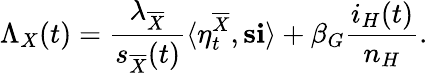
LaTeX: \Lambda_{X}(t)=\frac{\lambda_{\overline{{X}}}}{s_{\overline{{X}}}(t)}\langle\eta_{t}^{\overline{{X}}},\mathbf{s}\mathbf{i}\rangle+\beta_{G}\frac{i_{H}(t)}{n_{H}}.